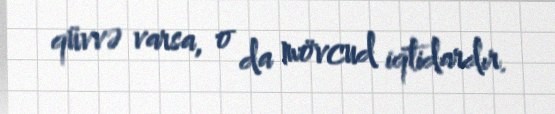
qüvvə varsa, o da mövcud iqtidardır.